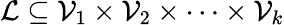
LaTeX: \mathcal{L}\subseteq\mathcal{V}_{1}\times\mathcal{V}_{2}\times\cdots\times\mathcal{V}_{k}